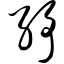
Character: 纾